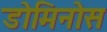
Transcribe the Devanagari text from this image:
डोमिनोस